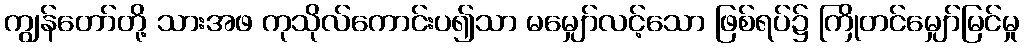
ကျွန်တော်တို့ သားအဖ ကုသိုလ်ကောင်းပ၍သာ မမျှော်လင့်သော ဖြစ်ရပ်၌ ကြိုတင်မျှော်မြင်မှု